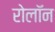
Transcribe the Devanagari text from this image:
रोलॉन